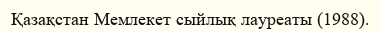
Қазақстан Мемлекет сыйлық лауреаты (1988).